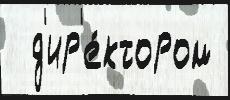
  д'ир'е́ктором